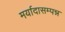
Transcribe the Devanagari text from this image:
मर्यादासम्पन्न